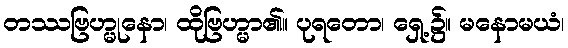
တဿဗြဟ္မုနော၊ ထိုဗြဟ္မာ၏။ ပုရတော၊ ရှေ့၌။ မနောမယံ၊